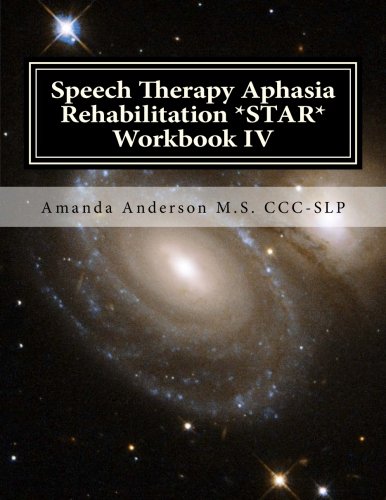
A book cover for Speech Therapy Aphasia Rehabilitation *STAR* Workbook IV: Activities of Daily Living for: Attention, Cognition, Memory and Problem Solving; Amanda Anderson M.S. CCC-SLP; Medical Books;